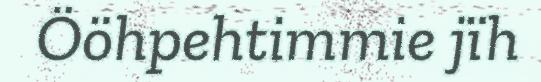
Ööhpehtimmie jïh